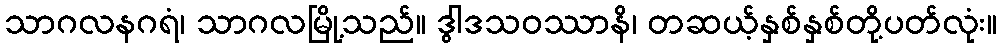
သာဂလနဂရံ၊ သာဂလမြို့သည်။ ဒွါဒသဝဿာနိ၊ တဆယ့်နှစ်နှစ်တို့ပတ်လုံး။